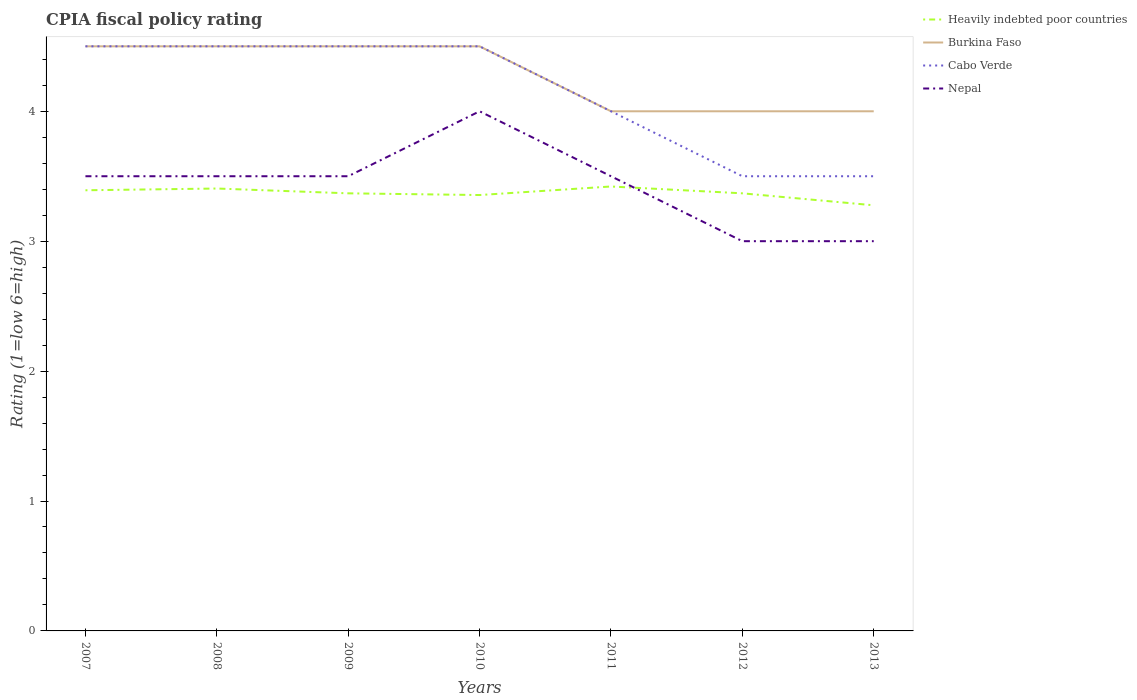
| Years | Heavily indebted poor countries | Burkina Faso | Cabo Verde | Nepal |
 | --- | --- | --- | --- | --- |
 | 2007 | 3.39 | 4.5 | 4.5 | 3.5 |
 | 2008 | 3.41 | 4.5 | 4.5 | 3.5 |
 | 2009 | 3.37 | 4.5 | 4.5 | 3.5 |
 | 2010 | 3.36 | 4.5 | 4.5 | 4 |
 | 2011 | 3.42 | 4 | 4 | 3.5 |
 | 2012 | 3.37 | 4 | 3.5 | 3 |
 | 2013 | 3.28 | 4 | 3.5 | 3 |